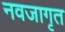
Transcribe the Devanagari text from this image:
नवजागृत